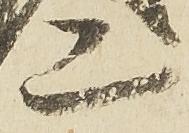
二